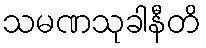
သမဏသုခါနီတိ